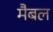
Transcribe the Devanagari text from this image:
मैबल